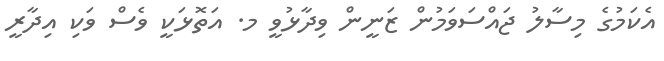
އެކަމުގެ މިސާލު ޖައްސަވަމުން ޒަނީން ވިދާޅުވީ މ. އަތޮޅަކީ ވެސް ވަކި އިދާރީ